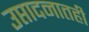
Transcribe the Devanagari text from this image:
उप्तादनातही